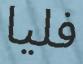
فليا